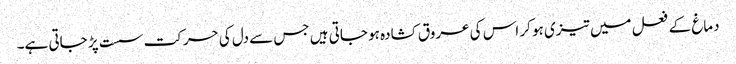
دماغ کے فعل میں تیزی ہو کر اس کی عروق کشادہ ہو جاتی ہیں جس سے دل کی حرکت سست پڑ جاتی ہے۔